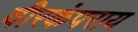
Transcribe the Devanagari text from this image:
वीरकंपराय